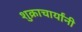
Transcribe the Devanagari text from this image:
शुक्राचार्यांनी